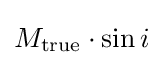
M_{\text{true}}\cdot {\sin i}